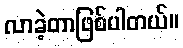
လာခဲ့တာဖြစ်ပါတယ်။